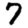
Digit: 7